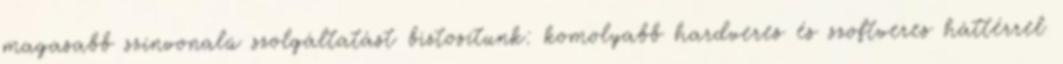
magasabb színvonalú szolgáltatást biztosítunk: komolyabb hardveres és szoftveres háttérrel